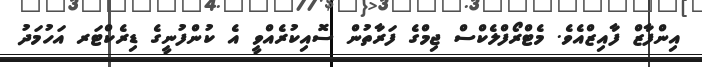
އިންފާޒް ފާއިޒްއެވެ. މެޓްރޯފްލެކްސް ޖިމްގެ ފަރާތުން ސޮއިކުރެއްވީ އެ ކުންފުނީގެ ޑިރެކްޓަރ އަހުމަދު